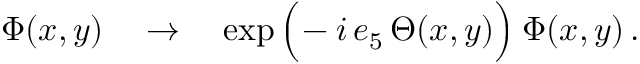
\Phi ( x , y ) \quad \to \quad \exp \Big ( \! - i \, e _ { 5 } \, \Theta ( x , y ) \Big ) \: \Phi ( x , y ) \, .